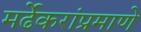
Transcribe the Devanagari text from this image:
मर्ढेकरांप्रमाणे